Problem: 4 × 6 = ?
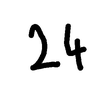
Handwritten answer: 24